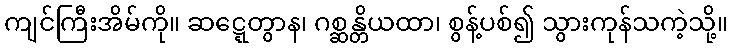
ကျင်ကြီးအိမ်ကို။ ဆဋ္ဋေတွာန၊ ဂစ္ဆန္တိယထာ၊ စွန့်ပစ်၍ သွားကုန်သကဲ့သို့။